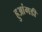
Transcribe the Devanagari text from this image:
हुआंगडी